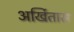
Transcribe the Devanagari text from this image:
अर्खितास